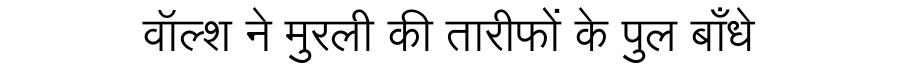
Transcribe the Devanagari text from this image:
वॉल्श ने मुरली की तारीफों के पुल बाँधे